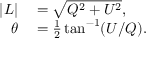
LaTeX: \begin{array} { r l } { | L | } & { { } = { \sqrt { Q ^ { 2 } + U ^ { 2 } } } , } \\ { \theta } & { { } = { \frac { 1 } { 2 } } \tan ^ { - 1 } ( U / Q ) . } \end{array}